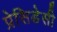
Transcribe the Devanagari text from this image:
प्रेसिडेसी